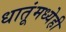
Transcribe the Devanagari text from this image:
धातूंमध्येही